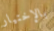
بالإختيار